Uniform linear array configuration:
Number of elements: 12
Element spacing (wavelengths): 1
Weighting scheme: kaiser
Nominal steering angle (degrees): -45
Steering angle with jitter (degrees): -43.806
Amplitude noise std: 0.05
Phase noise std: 0.05

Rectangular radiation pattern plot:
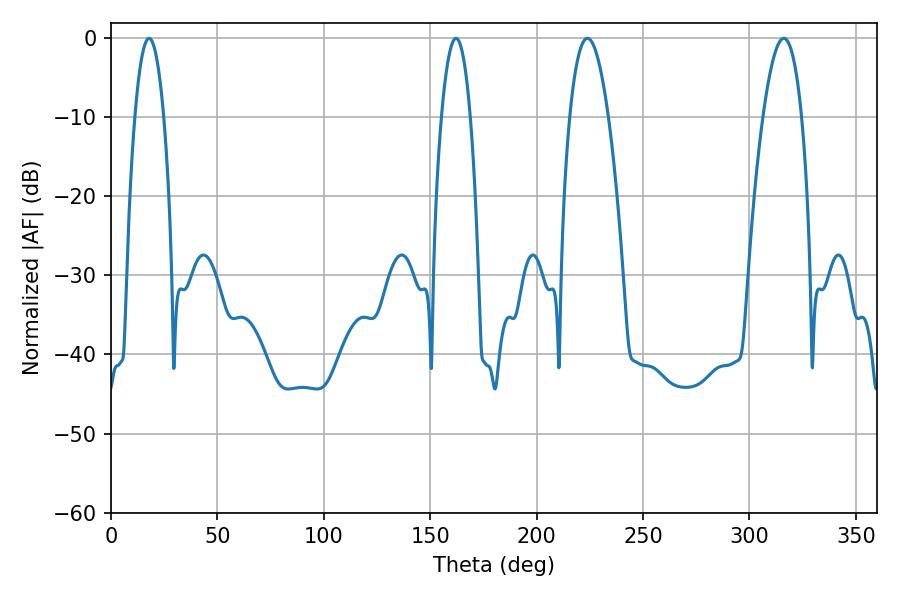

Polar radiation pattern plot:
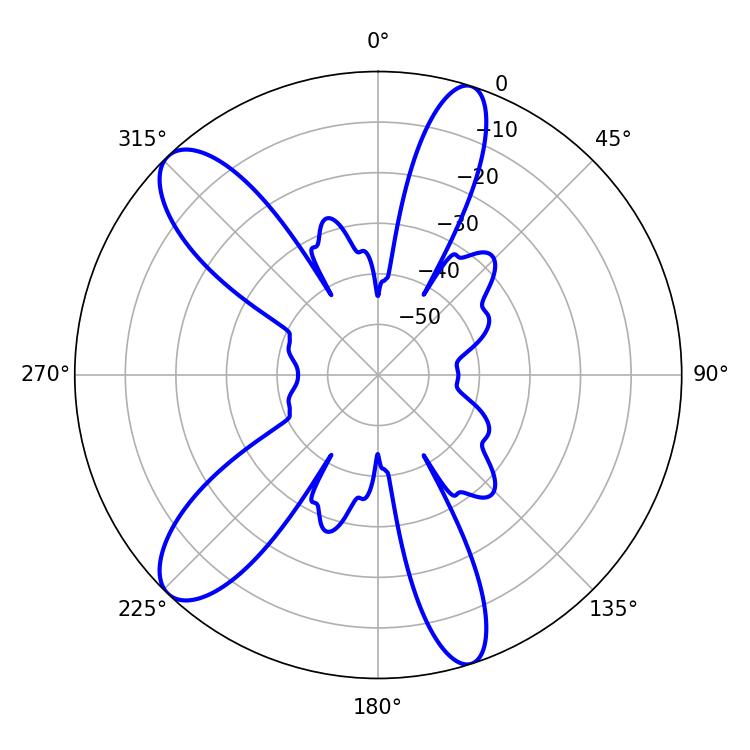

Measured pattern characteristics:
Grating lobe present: TRUE
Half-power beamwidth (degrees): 10.08
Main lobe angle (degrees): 316.08